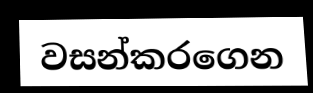
වසන්කරගෙන